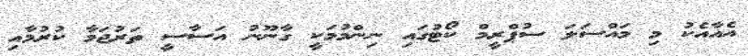
އެއާއެކު މި މައްސަލަ ސުޕްރީމް ކޯޓުގައި ނިންމުމަކީ ގާނޫނު އަސާސީ ތަރުޖަމާ ކުރުމާއި